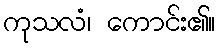
ကုသလံ၊ ကောင်း၏။